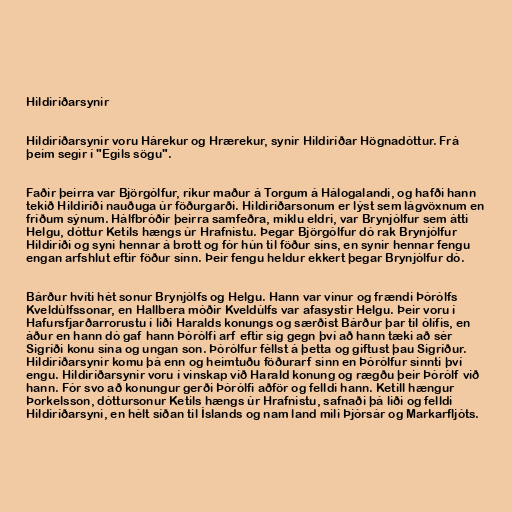
Hildiríðarsynir

Hildiríðarsynir voru Hárekur og Hrærekur, synir Hildiríðar Högnadóttur. Frá
þeim segir í "Egils sögu".

Faðir þeirra var Björgólfur, ríkur maður á Torgum á Hálogalandi, og hafði hann
tekið Hildiríði nauðuga úr föðurgarði. Hildiríðarsonum er lýst sem lágvöxnum en
fríðum sýnum. Hálfbróðir þeirra samfeðra, miklu eldri, var Brynjólfur sem átti
Helgu, dóttur Ketils hængs úr Hrafnistu. Þegar Björgólfur dó rak Brynjólfur
Hildiríði og syni hennar á brott og fór hún til föður síns, en synir hennar fengu
engan arfshlut eftir föður sínn. Þeir fengu heldur ekkert þegar Brynjólfur dó.

Bárður hvíti hét sonur Brynjólfs og Helgu. Hann var vinur og frændi Þórólfs
Kveldúlfssonar, en Hallbera móðir Kveldúlfs var afasystir Helgu. Þeir voru í
Hafursfjarðarrorustu í liði Haralds konungs og særðist Bárður þar til ólífis, en
áður en hann dó gaf hann Þórólfi arf eftir sig gegn því að hann tæki að sér
Sigríði konu sína og ungan son. Þórólfur féllst á þetta og giftust þau Sigríður.
Hildiríðarsynir komu þá enn og heimtuðu föðurarf sinn en Þórólfur sinnti því
engu. Hildiríðarsynir voru í vinskap við Harald konung og rægðu þeir Þórólf við
hann. Fór svo að konungur gerði Þórólfi aðför og felldi hann. Ketill hængur
Þorkelsson, dóttursonur Ketils hængs úr Hrafnistu, safnaði þá liði og felldi
Hildiríðarsyni, en hélt síðan til Íslands og nam land mili Þjórsár og Markarfljóts.